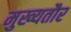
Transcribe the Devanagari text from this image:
मुख्‍यतौर